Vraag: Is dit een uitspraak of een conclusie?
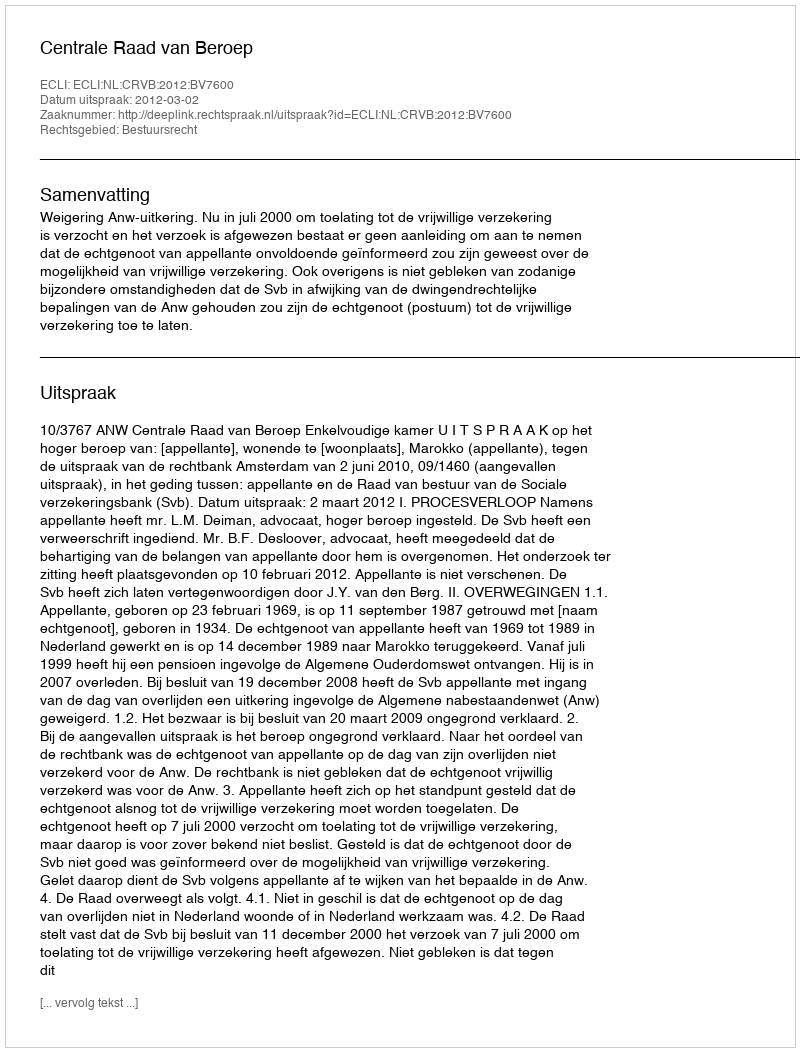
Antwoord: Uitspraak